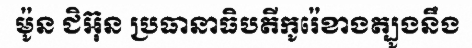
ម៉ូន ជិអ៊ុន ប្រធានាធិបតីកូរ៉េខាងត្បូងនឹង